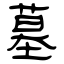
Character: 墓